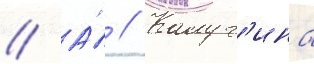
// А́ // Калуг'ина